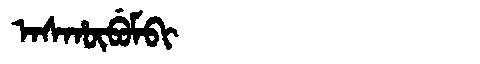
Manchu: ᠠᠰᡥᡡᠪᡠᠮᠪᡳ
Romanization: ASHŪBUMBI